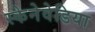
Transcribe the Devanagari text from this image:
स्केनेवेडिया